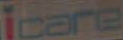
icare